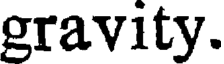
gravity.